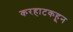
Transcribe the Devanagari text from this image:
करहाटकहून